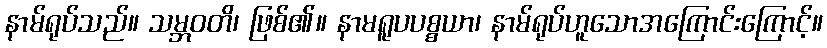
နာမ်ရုပ်သည်။ သမ္ဘဝတိ၊ ဖြစ်၏။ နာမရူပပစ္စယာ၊ နာမ်ရုပ်ဟူသောအကြောင်းကြောင့်။